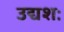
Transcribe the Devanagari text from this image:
उद्यशः